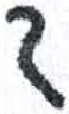
אות: ד